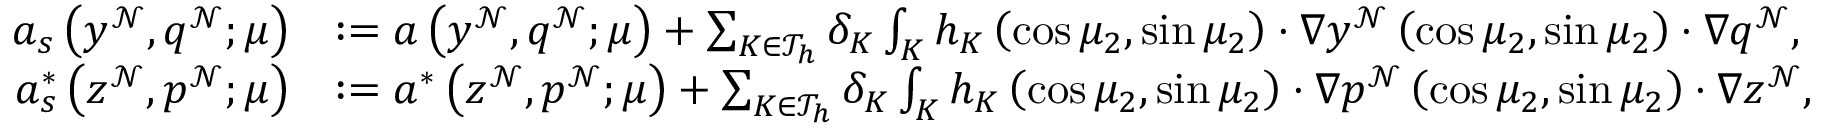
\begin{array} { r l } { a _ { s } \left( y ^ { \mathcal { N } } , q ^ { \mathcal { N } } ; \boldsymbol { \mu } \right) } & { : = a \left( y ^ { \mathcal { N } } , q ^ { \mathcal { N } } ; \boldsymbol { \mu } \right) + \sum _ { K \in \mathcal { T } _ { h } } \delta _ { K } \int _ { K } h _ { K } \left( \cos \mu _ { 2 } , \sin \mu _ { 2 } \right) \cdot \nabla y ^ { \mathcal { N } } \left( \cos \mu _ { 2 } , \sin \mu _ { 2 } \right) \cdot \nabla q ^ { \mathcal { N } } , } \\ { a _ { s } ^ { * } \left( z ^ { \mathcal { N } } , p ^ { \mathcal { N } } ; \boldsymbol { \mu } \right) } & { : = a ^ { * } \left( z ^ { \mathcal { N } } , p ^ { \mathcal { N } } ; \boldsymbol { \mu } \right) + \sum _ { K \in \mathcal { T } _ { h } } \delta _ { K } \int _ { K } h _ { K } \left( \cos \mu _ { 2 } , \sin \mu _ { 2 } \right) \cdot \nabla p ^ { \mathcal { N } } \left( \cos \mu _ { 2 } , \sin \mu _ { 2 } \right) \cdot \nabla z ^ { \mathcal { N } } , } \end{array}